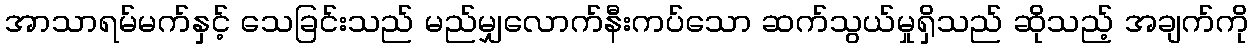
အာသာရမ်မက်နှင့် သေခြင်းသည် မည်မျှလောက်နီးကပ်သော ဆက်သွယ်မှုရှိသည် ဆိုသည့် အချက်ကို